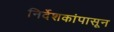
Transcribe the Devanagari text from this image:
निर्देशकांपासून